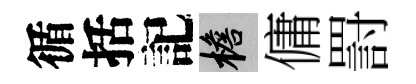
循括記檐傭罸